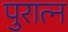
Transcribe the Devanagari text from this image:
पुरात्न